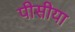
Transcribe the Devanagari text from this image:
पीसीया